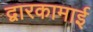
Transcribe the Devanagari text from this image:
द्वारकामाई